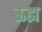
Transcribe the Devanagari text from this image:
ऊह्य